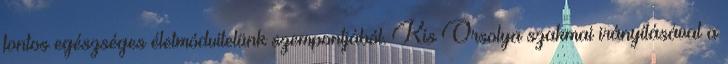
fontos egészséges életmódvitelünk szempontjából. Kis Orsolya szakmai irányításával a